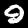
Label: 9